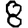
Digit: 8